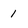
Character: 1